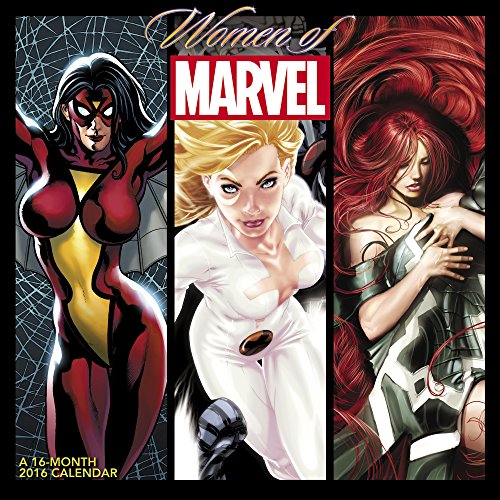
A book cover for Women of Marvel Wall Calendar (2016); Day Dream; Calendars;